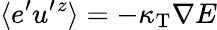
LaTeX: \langle{e^{\prime}u^{\prime}{}^{z}}\rangle=-\kappa_{\mathrm{{T}}}\nabla E